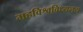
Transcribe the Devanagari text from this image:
महविश्वविध्यलय